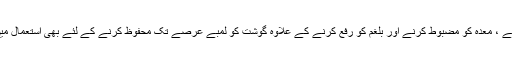
یہ بھوک بڑھانے ، معدہ کو مضبوط کرنے اور بلغم کو رفع کرنے کے علاوہ گوشت کو لمبے عرصے تک محفوظ کرنے کے لئے بھی استعمال میں لایا جاتا ہے۔